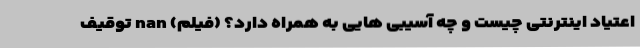
اعتیاد اینترنتی چیست و چه آسیبی هایی به همراه دارد؟ (فیلم) nan توقیف